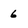
Character: 6